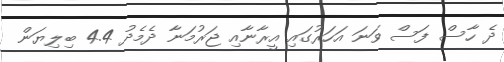
ދެ ހާސް ފަސް ވަނަ އަހަރުގައި އީރާނާއި ޖަރުމަނާ ދެމެދު 4.4 ބިލިޔަން